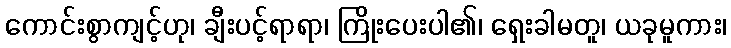
ကောင်းစွာကျင့်ဟု၊ ချီးပင့်ရာရာ၊ ကြိုးပေးပါ၏၊ ရှေးခါမတူ၊ ယခုမူကား၊